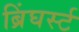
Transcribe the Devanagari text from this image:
ब्रिंघर्स्‍ट